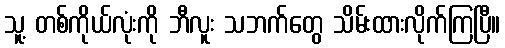
သူ့ တစ်ကိုယ်လုံးကို ဘီလူး သဘက်တွေ သိမ်းထားလိုက်ကြပြီ။